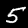
Digit: 5